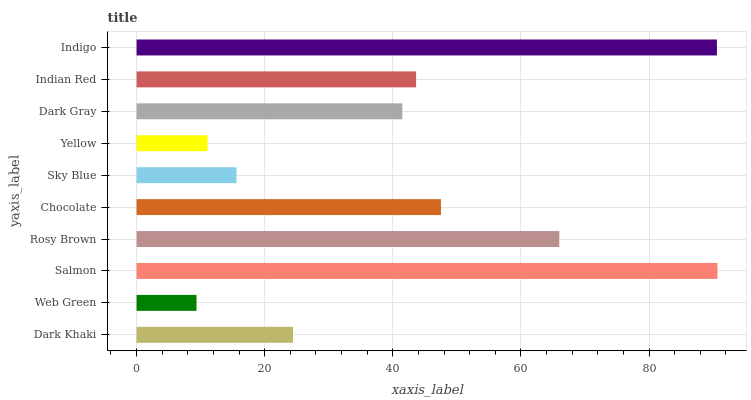
| yaxis_label | bars |
 | --- | --- |
 | Dark Khaki | 24.4 |
 | Web Green | 9.35 |
 | Salmon | 90.7 |
 | Rosy Brown | 66 |
 | Chocolate | 47.5 |
 | Sky Blue | 15.6 |
 | Yellow | 11.1 |
 | Dark Gray | 41.5 |
 | Indian Red | 43.6 |
 | Indigo | 90.6 |